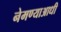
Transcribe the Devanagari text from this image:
नेमण्याआधी